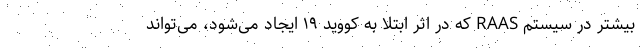
بیشتر در سیستم RAAS که در اثر ابتلا به کووید ۱۹ ایجاد می‌شود، می‌تواند